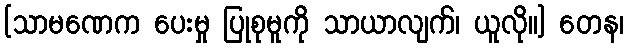
[သာမဏေက ပေးမှု ပြုစုမူကို သာယာလျက်၊ ယူလို။] တေန၊